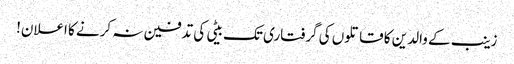
زینب کے والدین کا قاتلوں کی گرفتاری تک بیٹی کی تدفین نہ کرنے کا اعلان!